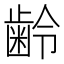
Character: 齢